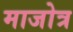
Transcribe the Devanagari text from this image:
माजोत्र